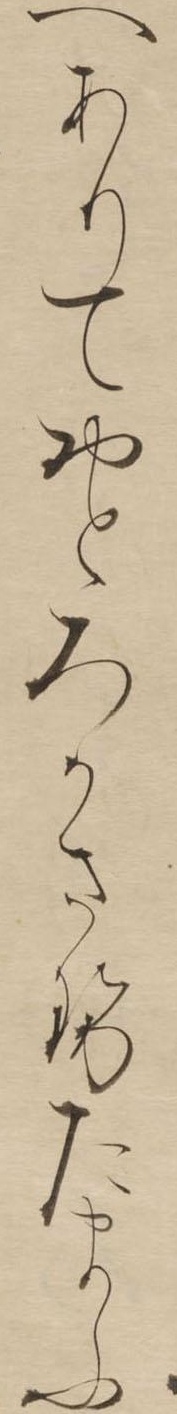
へありておとろかさせたまふ